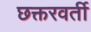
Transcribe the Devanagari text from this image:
छक्तरवर्ती